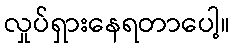
လှုပ်ရှားနေရတာပေါ့။